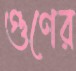
গুণের